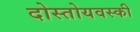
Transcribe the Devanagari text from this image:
दोस्तोयवस्की